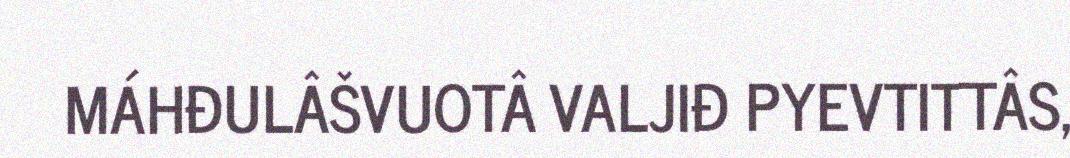
MÁHĐULÂŠVUOTÂ VALJIĐ PYEVTITTÂS,